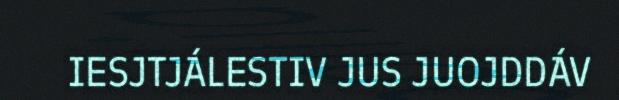
IESJTJÁLESTIV JUS JUOJDDÁV